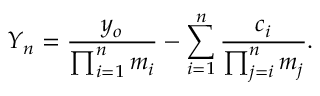
Y _ { n } = \frac { y _ { o } } { \prod _ { i = 1 } ^ { n } m _ { i } } - \sum _ { i = 1 } ^ { n } \frac { c _ { i } } { \prod _ { j = i } ^ { n } m _ { j } } .